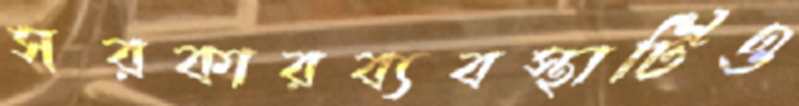
সরকারব্যবস্থাটিও